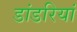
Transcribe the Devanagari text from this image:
डांडरियां